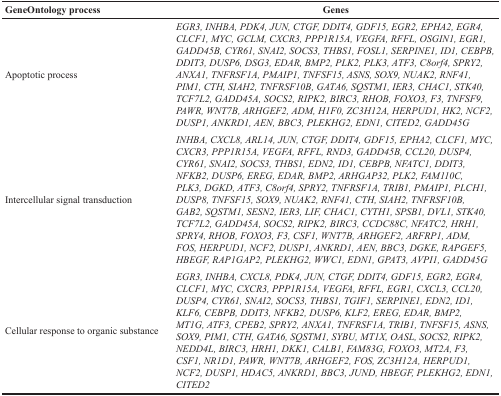
<table><thead><tr><td><b>GeneOntology process</b></td><td><b>Genes</b></td></tr></thead><tbody><tr><td>Apoptotic process</td><td><i>EGR3, INHBA, PDK4, JUN, CTGF, DDIT4, GDF15, EGR2, EPHA2, EGR4, CLCF1, MYC, GCLM, CXCR3, PPP1R15A, VEGFA, RFFL, OSGIN1, EGR1, GADD45B, CYR61, SNAI2, SOCS3, THBS1, FOSL1, SERPINE1, ID1, CEBPB, DDIT3, DUSP6, DSG3, EDAR, BMP2, PLK2, PLK3, ATF3, C8orf4, SPRY2, ANXA1, TNFRSF1A, PMAIP1, TNFSF15, ASNS, SOX9, NUAK2, RNF41, PIM1, CTH, SIAH2, TNFRSF10B, GATA6, SQSTM1, IER3, CHAC1, STK40, TCF7L2, GADD45A, SOCS2, RIPK2, BIRC3, RHOB, FOXO3, F3, TNFSF9, PAWR, WNT7B, ARHGEF2, ADM, H1F0, ZC3H12A, HERPUD1, HK2, NCF2, DUSP1, ANKRD1, AEN, BBC3, PLEKHG2, EDN1, CITED2, GADD45G</i></td></tr><tr><td>Intercellular signal transduction</td><td><i>INHBA, CXCL8, ARL14, JUN, CTGF, DDIT4, GDF15, EPHA2, CLCF1, MYC, CXCR3, PPP1R15A, VEGFA, RFFL, RND3, GADD45B, CCL20, DUSP4, CYR61, SNAI2, SOCS3, THBS1, EDN2, ID1, CEBPB, NFATC1, DDIT3, NFKB2, DUSP6, EREG, EDAR, BMP2, ARHGAP32, PLK2, FAM110C, PLK3, DGKD, ATF3, C8orf4, SPRY2, TNFRSF1A, TRIB1, PMAIP1, PLCH1, DUSP8, TNFSF15, SOX9, NUAK2, RNF41, CTH, SIAH2, TNFRSF10B, GAB2, SQSTM1, SESN2, IER3, LIF, CHAC1, CYTH1, SPSB1, DVL1, STK40, TCF7L2, GADD45A, SOCS2, RIPK2, BIRC3, CCDC88C, NFATC2, HRH1, SPRY4, RHOB, FOXO3, F3, CSF1, WNT7B, ARHGEF2, ARFRP1, ADM, FOS, HERPUD1, NCF2, DUSP1, ANKRD1, AEN, BBC3, DGKE, RAPGEF5, HBEGF, RAP1GAP2, PLEKHG2, WWC1, EDN1, GPAT3, AVPI1, GADD45G</i></td></tr><tr><td>Cellular response to organic substance</td><td><i>EGR3, INHBA, CXCL8, PDK4, JUN, CTGF, DDIT4, GDF15, EGR2, EGR4, CLCF1, MYC, CXCR3, PPP1R15A, VEGFA, RFFL, EGR1, CXCL3, CCL20, DUSP4, CYR61, SNAI2, SOCS3, THBS1, TGIF1, SERPINE1, EDN2, ID1, KLF6, CEBPB, DDIT3, NFKB2, DUSP6, KLF2, EREG, EDAR, BMP2, MT1G, ATF3, CPEB2, SPRY2, ANXA1, TNFRSF1A, TRIB1, TNFSF15, ASNS, SOX9, PIM1, CTH, GATA6, SQSTM1, SYBU, MT1X, OASL, SOCS2, RIPK2, NEDD4L, BIRC3, HRH1, DKK1, CALB1, FAM83G, FOXO3, MT2A, F3, CSF1, NR1D1, PAWR, WNT7B, ARHGEF2, FOS, ZC3H12A, HERPUD1, NCF2, DUSP1, HDAC5, ANKRD1, BBC3, JUND, HBEGF, PLEKHG2, EDN1, CITED2</i></td></tr></tbody></table>